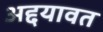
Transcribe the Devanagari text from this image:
अद्दयावत